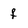
Character: f